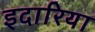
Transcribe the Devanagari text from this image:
इदारिया